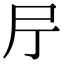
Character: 𡰨